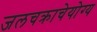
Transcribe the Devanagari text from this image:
जलचक्राचेयोग्य